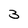
Character: 3